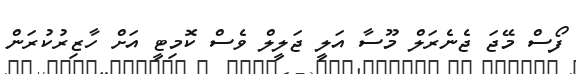
ފޯސް މޭޖަ ޖެނެރަލް މޫސާ އަލީ ޖަލީލް ވެސް ކޮމިޓީ އަށް ހާޒިރުކުރަން